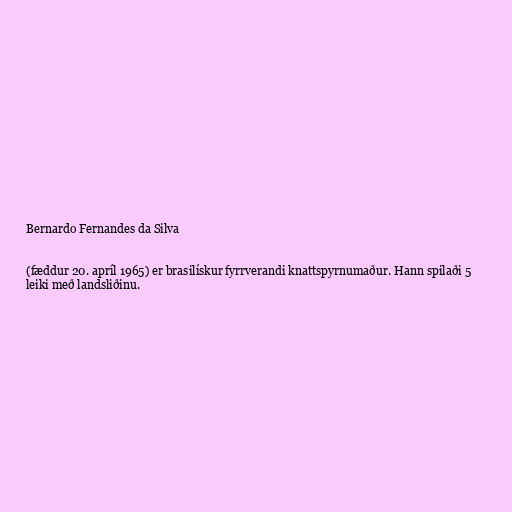
Bernardo Fernandes da Silva

(fæddur 20. apríl 1965) er brasilískur fyrrverandi knattspyrnumaður. Hann spilaði 5
leiki með landsliðinu.